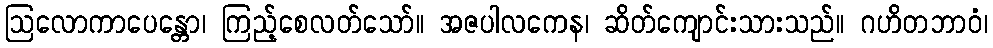
ဩလောကာပေန္တော၊ ကြည့်စေလတ်သော်။ အဇပါလကေန၊ ဆိတ်ကျောင်းသားသည်။ ဂဟိတဘာဝံ၊